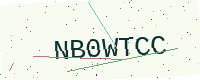
Text: NB0WTCC